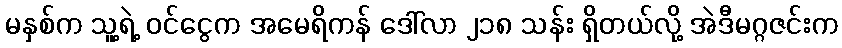
မနှစ်က သူ့ရဲ့ ဝင်ငွေက အမေရိကန် ဒေါ်လာ ၂၁၈ သန်း ရှိတယ်လို့ အဲဒီမဂ္ဂဇင်းက